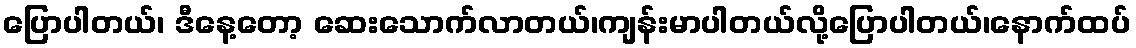
ပြောပါတယ်၊ ဒီနေ့တော့ ဆေးသောက်လာတယ်၊ကျန်းမာပါတယ်လို့ပြောပါတယ်၊နောက်ထပ်